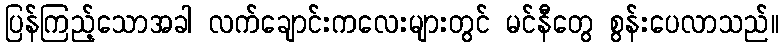
ပြန်ကြည့်သောအခါ လက်ချောင်းကလေးများတွင် မင်နီတွေ စွန်းပေလာသည်။